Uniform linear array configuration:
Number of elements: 48
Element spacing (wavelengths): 0.5
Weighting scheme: hann
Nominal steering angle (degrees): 45
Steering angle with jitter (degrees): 43.643
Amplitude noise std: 0.05
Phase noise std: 0.05

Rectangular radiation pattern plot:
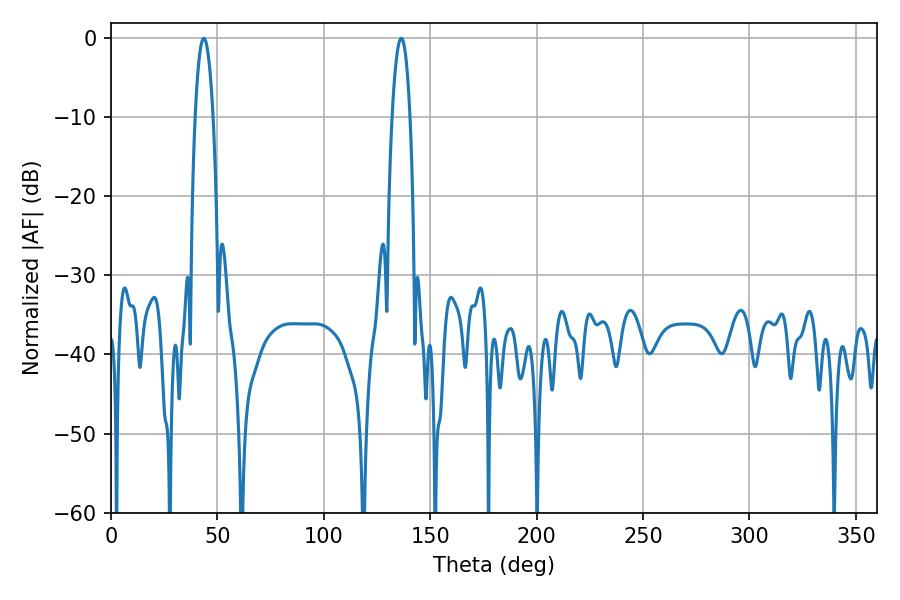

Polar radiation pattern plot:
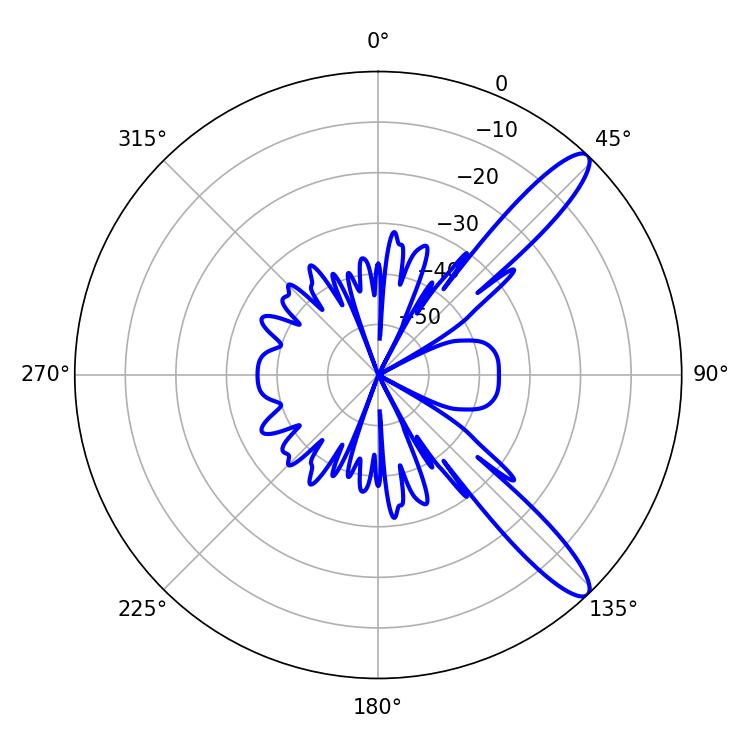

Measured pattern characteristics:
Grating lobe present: FALSE
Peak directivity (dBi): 12.165
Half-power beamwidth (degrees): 4.5
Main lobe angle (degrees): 43.56